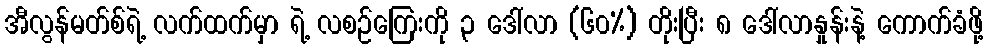
အီလွန်မတ်စ်ရဲ့ လက်ထက်မှာ ရဲ့ လစဉ်ကြေးကို ၃ ဒေါ်လာ (၆၀%) တိုးပြီး ၈ ဒေါ်လာနှုန်းနဲ့ ကောက်ခံဖို့